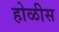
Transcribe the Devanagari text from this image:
होळीस